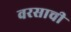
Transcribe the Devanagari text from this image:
वरसाची